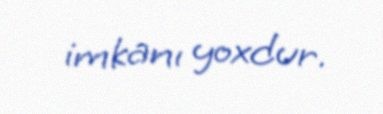
imkanı yoxdur.